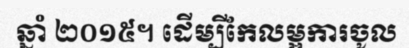
ឆ្នាំ ២០១៥។ ដើម្បីកែលម្អការចូល